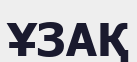
ҰЗАҚ